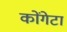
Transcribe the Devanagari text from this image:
कोंगेटा